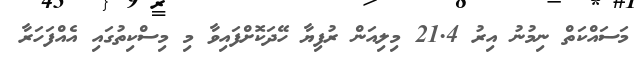
މަސައްކަތް ނިމުނު އިރު 21.4 މިލިއަން ރުފިޔާ ހޭދަކޮށްފައިވާ މި މިސްކިތުގައި އެއްފަހަރާ